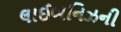
લાઈબનિઝની